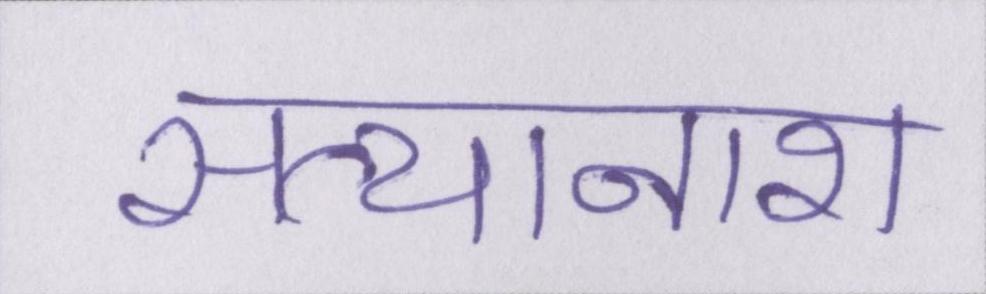
सत्यानाश